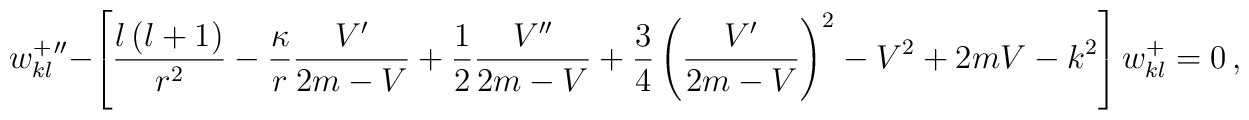
w_{kl}^+{''}-\left[\frac{l\left(l+1\right)}{r^2}-\frac{\kappa}{r}\frac{V'}{2m-V}+\frac{1}{2}\frac{V''}{2m-V}+\frac{3}{4}\left(\frac{V'}{2m-V}\right)^2-V^2+2mV-k^2\right]w_{kl}^+=0\,,